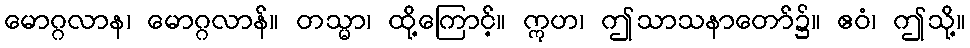
မောဂ္ဂလာန၊ မောဂ္ဂလာန်။ တသ္မာ၊ ထို့ကြောင့်။ ဣဟ၊ ဤသာသနာတော်၌။ ဧဝံ၊ ဤသို့။